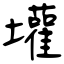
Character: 壦